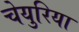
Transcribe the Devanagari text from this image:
चेयुरिया